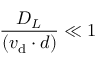
\frac { D _ { L } } { ( v _ { \mathrm { d } } \cdot d ) } \ll 1